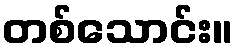
တစ်သောင်း။